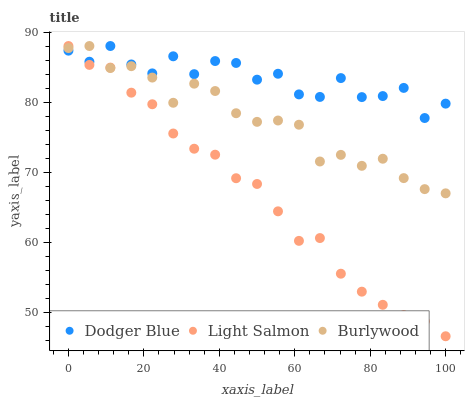
| xaxis_label | Dodger Blue | Light Salmon | Burlywood |
 | --- | --- | --- | --- |
 | 0 | 87.3 | 88 | 87.7 |
 | 5.56 | 85.8 | 85.3 | 88 |
 | 11.1 | 88 | 84.9 | 84.9 |
 | 16.7 | 85.4 | 81.3 | 85.1 |
 | 22.2 | 84.1 | 79.7 | 83.5 |
 | 27.8 | 86.5 | 75.5 | 79.9 |
 | 33.3 | 84 | 73.3 | 82.6 |
 | 38.9 | 85.9 | 72.5 | 81.6 |
 | 44.4 | 85.6 | 69.1 | 78.4 |
 | 50 | 83.2 | 68.3 | 77.2 |
 | 55.6 | 84 | 64.4 | 77.4 |
 | 61.1 | 81.1 | 60.2 | 76.8 |
 | 66.7 | 80.7 | 60.6 | 71.5 |
 | 72.2 | 83.4 | 55.5 | 72.5 |
 | 77.8 | 80.7 | 52.9 | 70.9 |
 | 83.3 | 80.9 | 51.1 | 71.9 |
 | 88.9 | 82 | 49.6 | 69.1 |
 | 94.4 | 77.7 | 48.7 | 67.6 |
 | 100 | 79.8 | 46.6 | 67 |